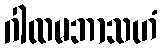
ဂါထမဘာသဟံ